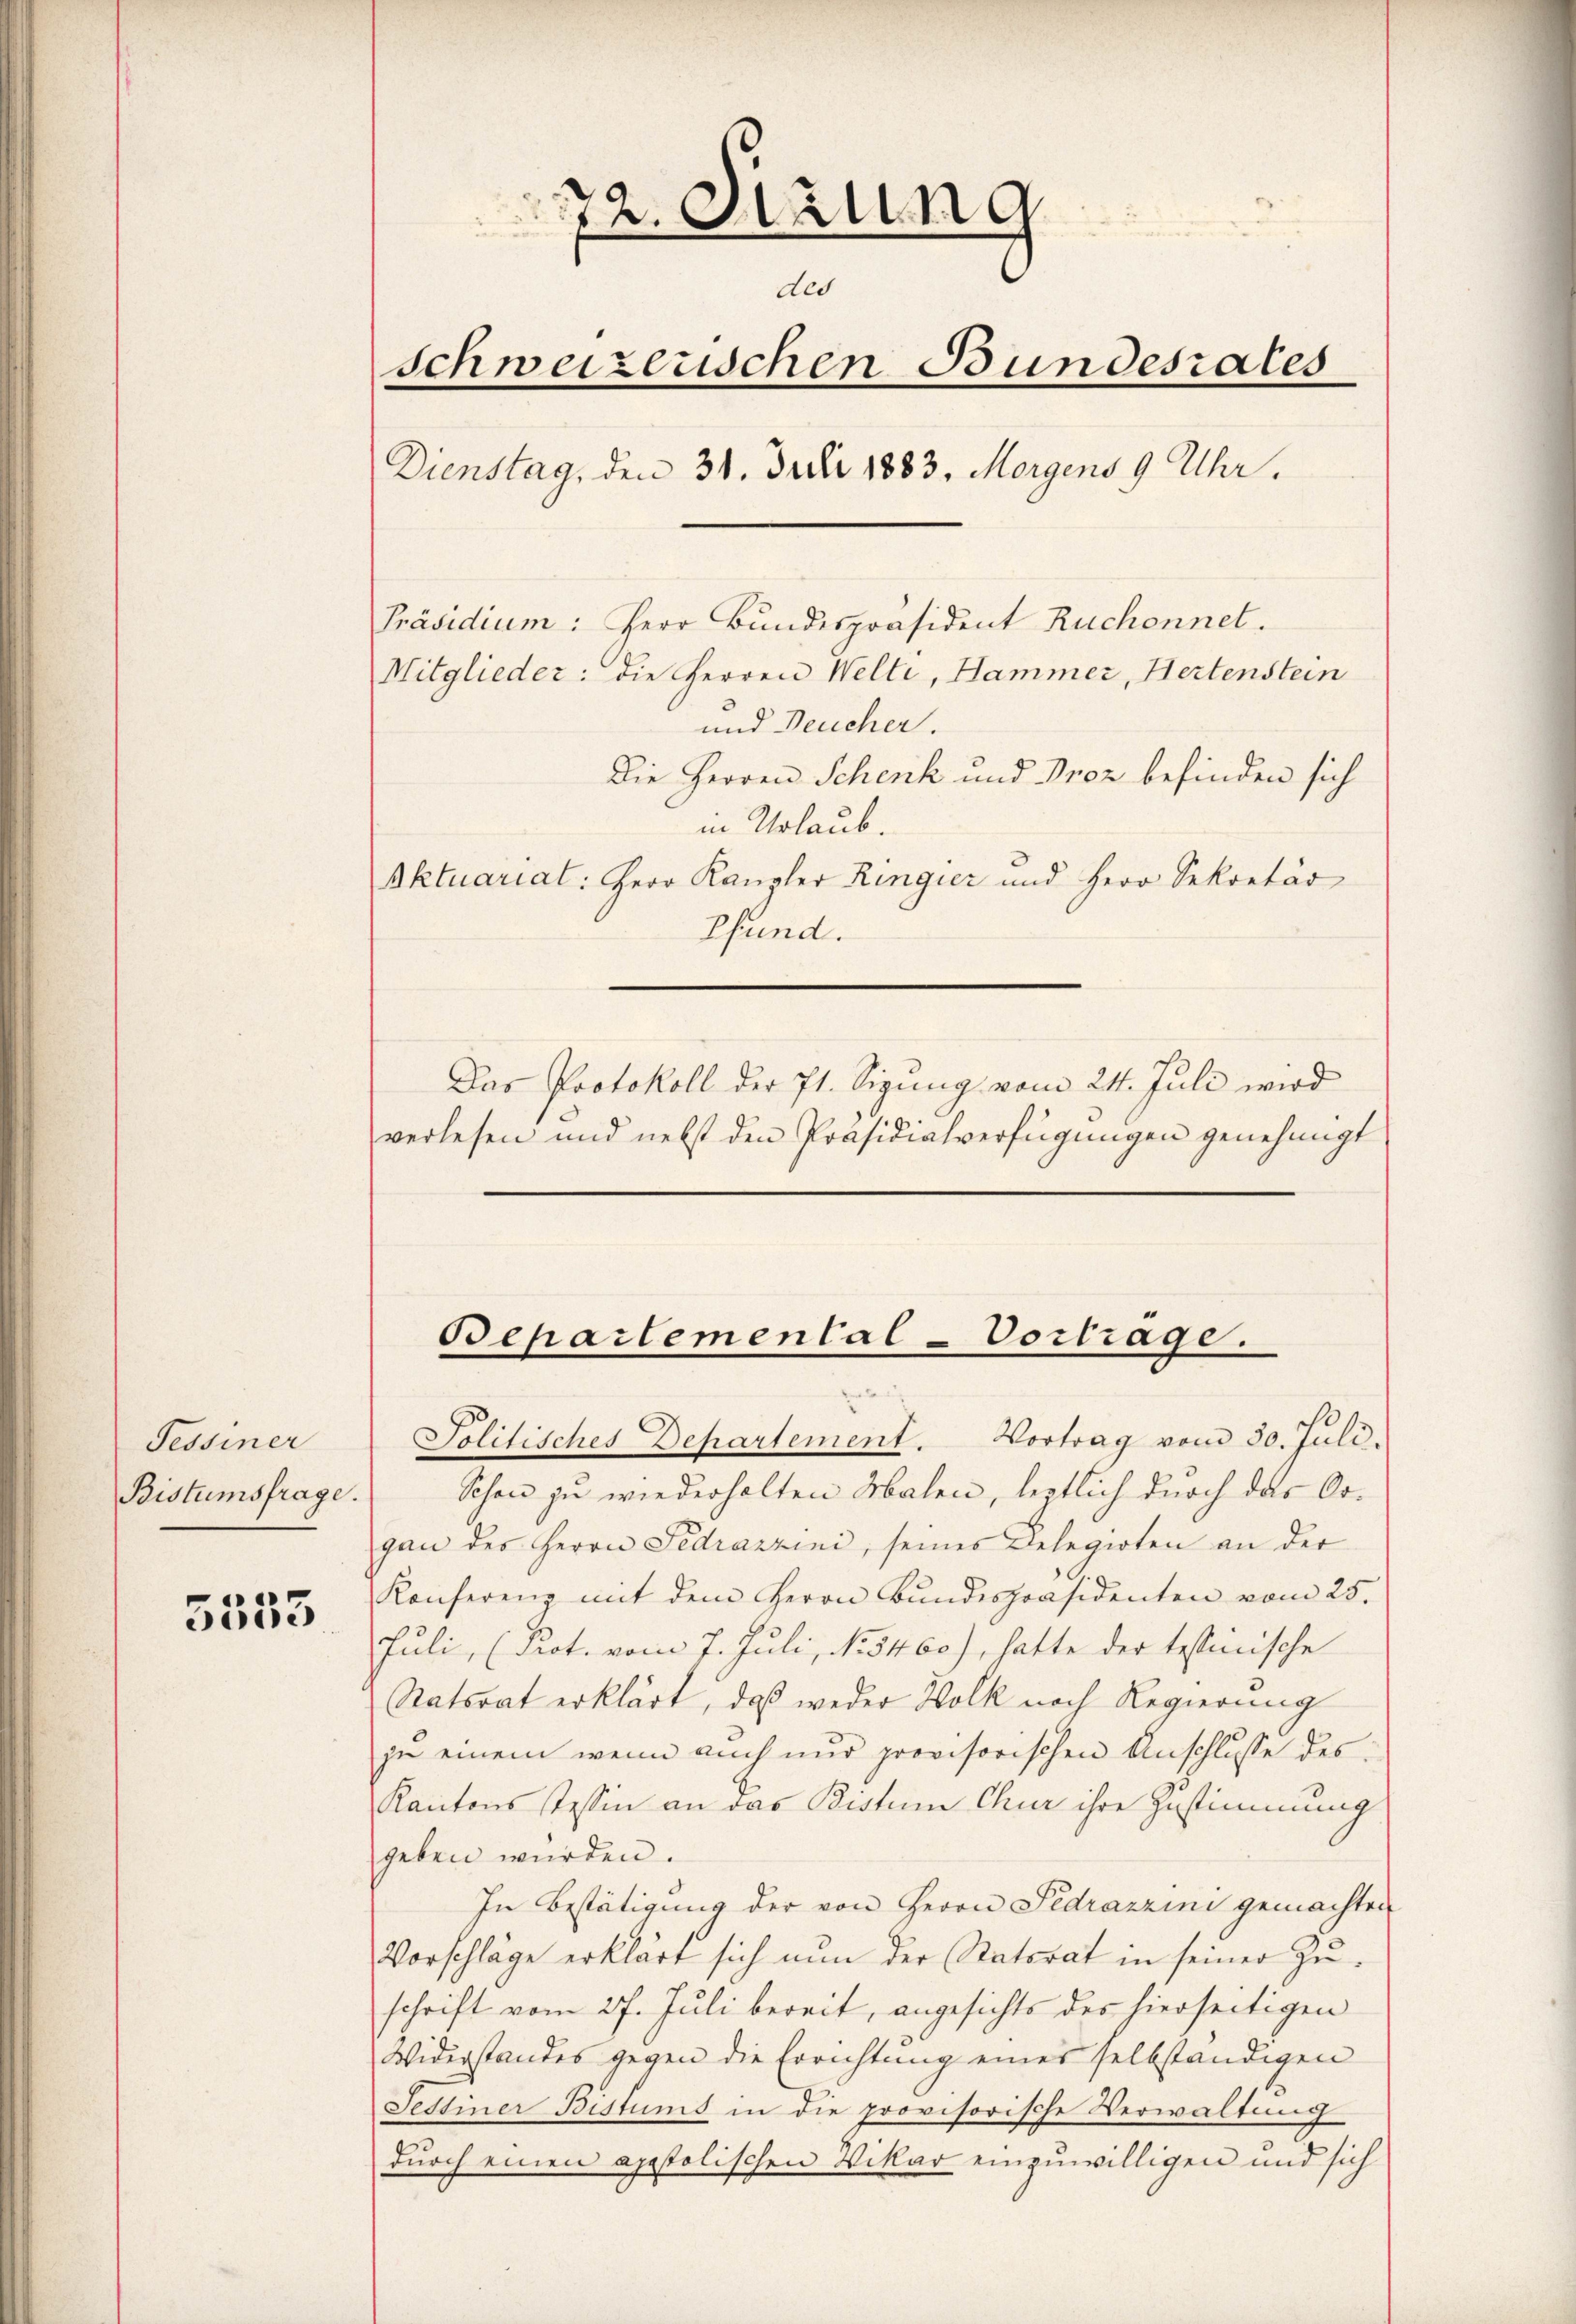
Tessiner
Bistumsfrage.

5553

72. Sizung
des
Schweizerischen Bundesrates
Dienstag, den 31. Juli 1883. Morgens 9 Uhr.
Präsidium: Herr Bundespräsident Ruchonnet.
Mitglieder: die Herren Welti, Hammer, Hertenstein
und Deucher.
Die Herren Schenk und Proz befinden sich
in Urlaub.
Aktuariat: Herr Kanzler Ringier und Herr Sekretär
Pfund.
Das Protokoll der 71. Sigung vom 24. Juli wird
verlesen und nebst den Präsidialverfügungen genehmigt

Bepartemental-Vortrage.

Jolitisches Departement. Vortrag vom 30. Juli.
Schon zu wiederholten Malen, leztlich durch das Organ des Herrn Fedrazzini, seines Delegirten an der
Konferenz mit dem Herrn Bundespräsidenten vom 25.
Juli, (Prot. vom 7. Juli, No 5460), hatte der testinische
Ratsrat erklärt, daß weder Wolk noch Regierung
ju einem wenn auch nur provisorischen Anschlusse des
Kantons Tessin an das Bistum Chur ihre Zustimmung
geben würden.
In Bestätigung der von Herrn Sedrazzini gemachten
Vorschläge erklärt sich nŭn der Natorat in seiner Zŭ-
schrift vom 27. Juli bereit, angesichts des hierseitigen
Widerstandes gegen die Errichtung eines selbständigen
Festiner Bistums in die provisorische Verwaltung
durch einen apostolischen Vikar einzuwilligen und sich